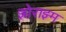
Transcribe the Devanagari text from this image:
झोराझ्म